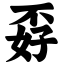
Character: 孬